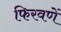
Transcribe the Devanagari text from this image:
फिरवणें